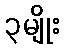
၃မျိုး